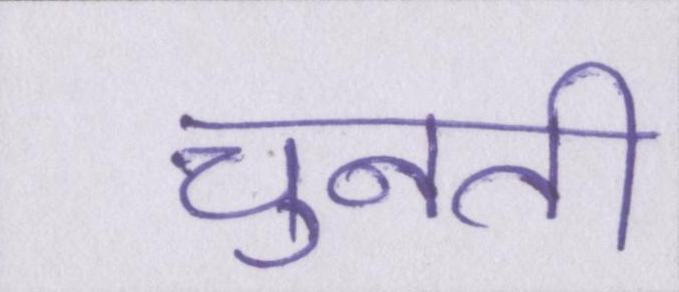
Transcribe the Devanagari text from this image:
चुनती